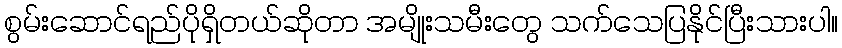
စွမ်းဆောင်ရည်ပိုရှိတယ်ဆိုတာ အမျိုးသမီးတွေ သက်သေပြနိုင်ပြီးသားပါ။